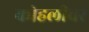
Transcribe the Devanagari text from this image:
कोहलीवर